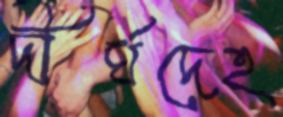
দীর্ঘদেহ